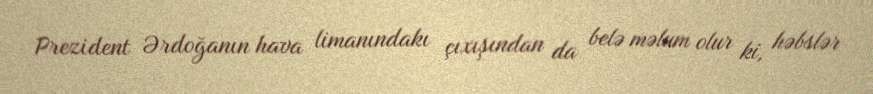
Prezident Ərdoğanın hava limanındakı çıxışından da belə məlum olur ki, həbslər